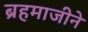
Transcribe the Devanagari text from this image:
ब्रहमाजीने